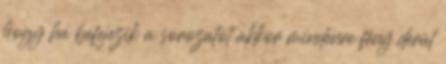
hogy ha befejezik a sorozatot akkor mindenre fény derül